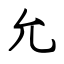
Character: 允